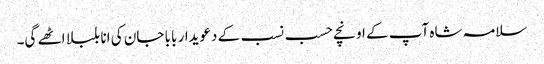
سلامہ شاہ آپ کے اونچے حسب نسب کے دعویدار بابا جان کی انا بلبلا اٹھے گی۔